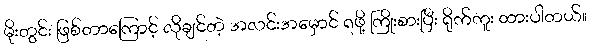
မိုးတွင်း ဖြစ်တာကြောင့် လိုချင်တဲ့ အလင်းအမှောင် ရဖို့ ကြိုးစားပြီး ရိုက်ကူး ထားပါတယ်။